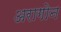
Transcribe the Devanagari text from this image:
अरागोन